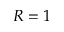
R = 1